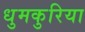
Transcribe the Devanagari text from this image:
धुमकुरिया